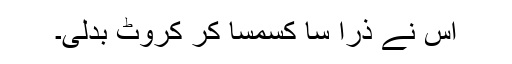
اس نے ذرا سا کسمسا کر کروٹ بدلی۔